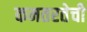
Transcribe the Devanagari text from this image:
कमतरतेची